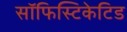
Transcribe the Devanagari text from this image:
सॉफिस्टिकेटिड